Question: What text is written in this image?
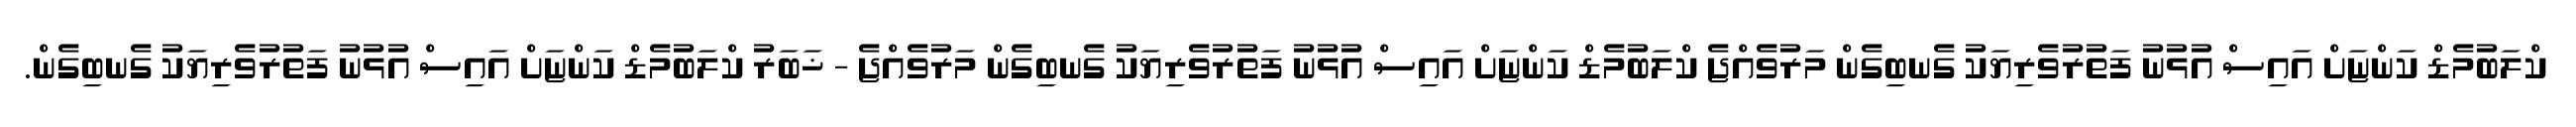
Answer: ކްލަބުމެޑް ކަންޏަށް އައިސް އުޅުނު ފަތުރުވެރިޔަކު ގެނބިގެން މަރުވެއްޖެ ކްލަބުމެޑް ކަންޏަށް އައިސް އުޅުނު ފަތުރުވެރިޔަކު ގެނބިގެން މަރުވެއްޖެ - ޚަބަރު ކްލަބުމެޑް ކަންޏަށް އައިސް އުޅުނު ފަތުރުވެރިޔަކު ގެނބިގެން.